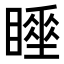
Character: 𥋍